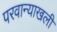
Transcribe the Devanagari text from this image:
परवान्याखली